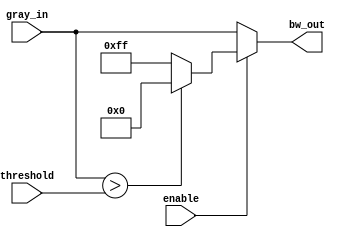
`timescale 1ns / 1ps
//////////////////////////////////////////////////////////////////////////////////
// Company: 
// Engineer: 
// 
// Design Name: 
// Module Name: grayscale8_to_bw
// Project Name: 
// Target Devices: 
// Tool Versions: 
// Description: 
// 
// Dependencies: 
// 
// Revision:
// Revision 0.01 - File Created
// Additional Comments:
// 
//////////////////////////////////////////////////////////////////////////////////


module grayscale8_to_bw(
    input enable,
    input [7:0] gray_in,
    input [7:0] threshold,
    output [7:0] bw_out
    );
    
    // Follow python implmentation of convert_to_bw()
    assign bw_out = (enable) ? ((gray_in > threshold) ? 8'd0 : 8'd255) : gray_in;
    
endmodule